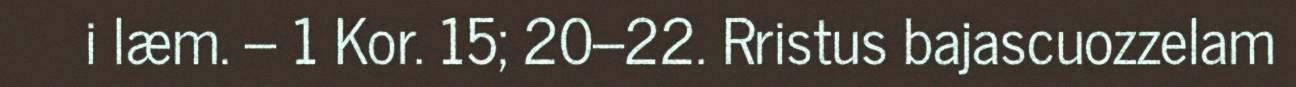
i læm. – 1 Kor. 15; 20–22. Rristus bajascuozzelam